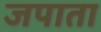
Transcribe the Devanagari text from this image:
जपाता